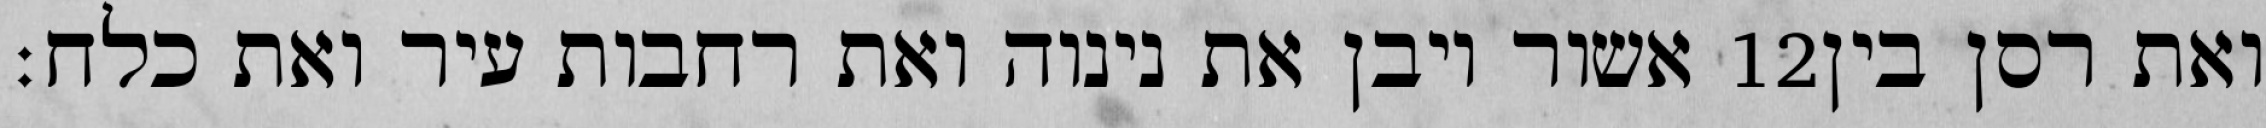
אשור ויבן את נינוה ואת רחבות עיר ואת כלח׃ ‎12‏ ואת רסן בין